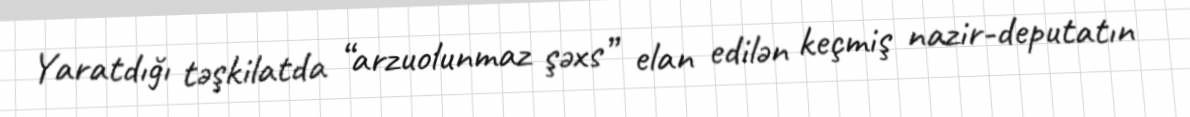
Yaratdığı təşkilatda “arzuolunmaz şəxs” elan edilən keçmiş nazir-deputatın